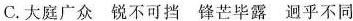
C.大庭广众锐不可挡锋芒毕露迥乎不同